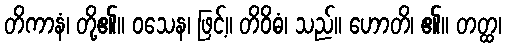
တိကာနံ၊ တို့၏။ ဝသေန၊ ဖြင့်။ တိဝိဓံ၊ သည်။ ဟောတိ၊ ၏။ တတ္ထ၊